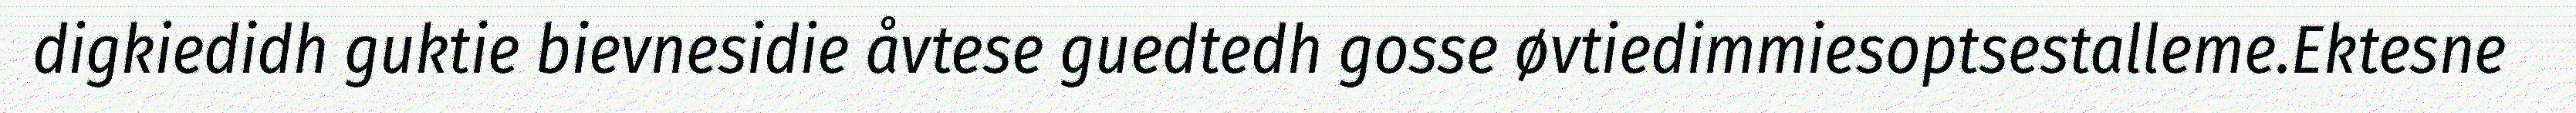
digkiedidh guktie bievnesidie åvtese guedtedh gosse øvtiedimmiesoptsestalleme.Ektesne